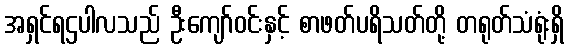
အရှင်ရဌပါလသည် ဦးကျော်ဝင်းနှင့် စာဖတ်ပရိသတ်တို့ တရုတ်သံရုံးရှိ